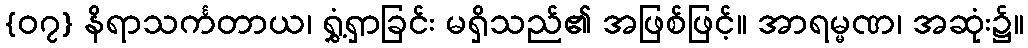
{၀၇} နိရာသင်္ကတာယ၊ ရွှံ့ရှာခြင်း မရှိသည်၏ အဖြစ်ဖြင့်။ အာရမ္မဏ၊ အဆုံး၌။